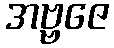
အဗ္ဗဇေ